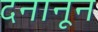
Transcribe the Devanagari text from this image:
दनानून